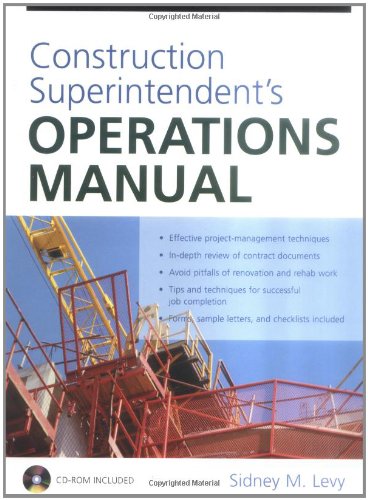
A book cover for Construction Superintendent's Operations Manual; Sidney M. Levy; Law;